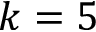
k = 5